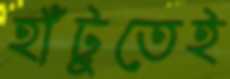
হাঁটুতেই